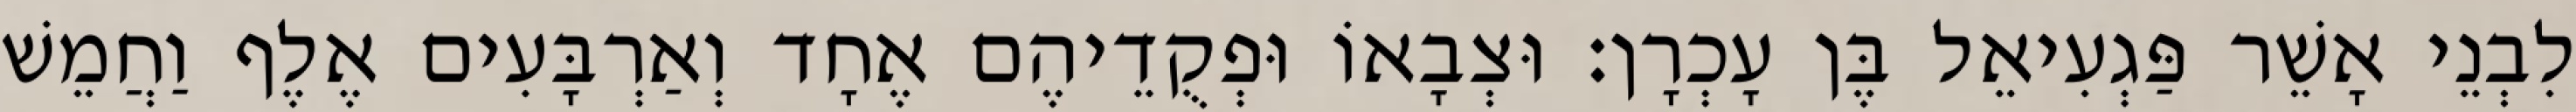
לִבְנֵי אָשֵׁר פַּגְעִיאֵל בֶּן עָכְרָן׃ וּצְבָאוֹ וּפְקֻדֵיהֶם אֶחָד וְאַרְבָּעִים אֶלֶף וַחֲמֵשׁ